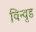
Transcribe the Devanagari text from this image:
विन्वुड